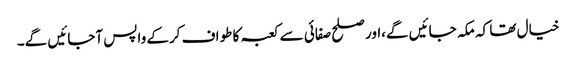
خیال تھا کہ مکہ جائیں گے،اور صلح صفائی سے کعبہ کا طواف کرکے واپس آجائیں گے۔